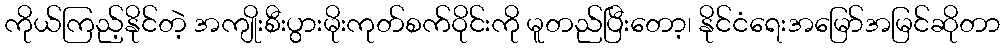
ကိုယ်ကြည့်နိုင်တဲ့ အကျိုးစီးပွားမိုးကုတ်စက်ဝိုင်းကို မူတည်ပြီးတော့၊ နိုင်ငံရေးအမြော်အမြင်ဆိုတာ